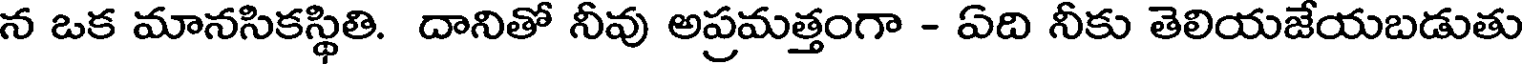
న ఒక మానసికస్థితి. దానితో నీవు అప్రమత్తంగా - ఏది నీకు తెలియజేయబడుతు